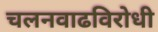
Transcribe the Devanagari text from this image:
चलनवाढविरोधी